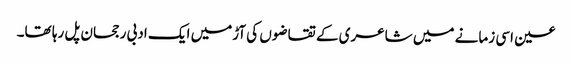
عین اسی زمانے میں شاعری کے تقاضوں کی آڑمیں ایک ادبی رجحان پل رہا تھا۔